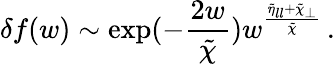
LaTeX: \delta f(w)\sim\exp(-\frac{2w}{\tilde{\chi}})w^{\frac{\tilde{\eta}_{ll}+\tilde{\chi}_{\perp}}{\tilde{\chi}}}\, .